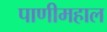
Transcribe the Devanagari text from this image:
पाणीमहाल